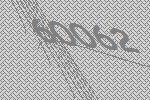
60062